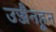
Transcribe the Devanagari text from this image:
उज्जैनहून